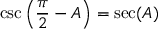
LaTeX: \csc \left( { \frac { \pi } { 2 } } - A \right) = \sec ( A )